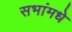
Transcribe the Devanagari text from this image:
सभांमधे